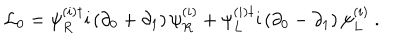
LaTeX: { \cal L } _ { 0 } = \psi _ { R } ^ { ( i ) \dagger } \mathrm { i } \left( \partial _ { 0 } + \partial _ { 1 } \right) \psi _ { R } ^ { ( i ) } + \psi _ { L } ^ { ( i ) \dagger } \mathrm { i } \left( \partial _ { 0 } - \partial _ { 1 } \right) \psi _ { L } ^ { ( i ) } \ .